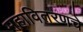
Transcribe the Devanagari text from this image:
महावितरणचे